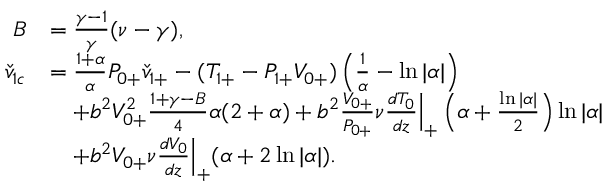
\begin{array} { r l } { B } & { = \frac { \gamma - 1 } { \gamma } ( \nu - \gamma ) , } \\ { \check { v } _ { 1 c } } & { = \frac { 1 + \alpha } { \alpha } { P } _ { 0 + } \check { v } _ { 1 + } - ( { T } _ { 1 + } - { P } _ { 1 + } { V } _ { 0 + } ) \left( \frac { 1 } { \alpha } - \ln { | \alpha | } \right) } \\ & { \quad + b ^ { 2 } { V } _ { 0 + } ^ { 2 } \frac { 1 + \gamma - B } { 4 } \alpha ( 2 + \alpha ) + b ^ { 2 } \frac { V _ { 0 + } } { P _ { 0 + } } \nu \frac { d T _ { 0 } } { d z } \Big | _ { + } \left( \alpha + \frac { \ln { | \alpha | } } { 2 } \right) \ln { | \alpha | } } \\ & { \quad + b ^ { 2 } V _ { 0 + } \nu \frac { d V _ { 0 } } { d z } \Big | _ { + } ( \alpha + 2 \ln { | \alpha | } ) . } \end{array}